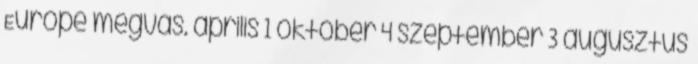
Europe megvás. április 1 október 4 szeptember 3 augusztus